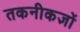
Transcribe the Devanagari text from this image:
तकनीकज्ञों